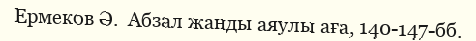
Ермеков Ә.  Абзал жанды аяулы аға, 140-147-бб.